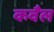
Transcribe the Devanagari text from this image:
कवँल